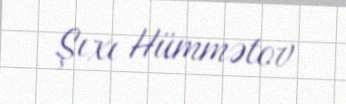
Şıxı Hümmətov